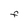
Character: F